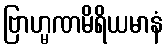
ဗြာဟ္မဏမိရိယမာနံ